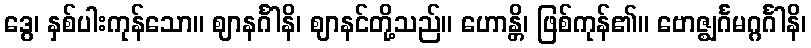
ဒွေ၊ နှစ်ပါးကုန်သော။ ဈာနင်္ဂါနိ၊ ဈာနင်တို့သည်။ ဟောန္တိ၊ ဖြစ်ကုန်၏။ ဗောဇ္ဈင်္ဂမဂ္ဂင်္ဂါနိ၊